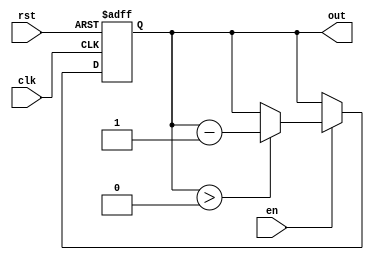
module down_counter_moore (
    input wire clk,      // Clock signal
    input wire rst,      // Asynchronous reset signal
    input wire en,       // Enable signal
    output reg [2:0] out // Count output (3-bit for counting down from 7)
);

    // State encoding and initial value
    parameter INITIAL_COUNT = 3'b111; // Count down from 7 (3 bits to represent 0-7)
    parameter MIN_COUNT = 3'b000;       // Minimum count (0)

    // State register to hold the current count
    reg [2:0] state;

    // Sequential logic for state transition
    always @(posedge clk or posedge rst) begin
        if (rst) begin
            // Asynchronous reset to initial count
            state <= INITIAL_COUNT;
        end else if (en) begin
            // Count down if enabled
            if (state > MIN_COUNT) begin
                state <= state - 1'b1;
            end
            // If state is 0, it remains 0 until reset
        end
    end

    // Output logic (Moore state machine)
    always @(state) begin
        out = state; // Output the current state
    end

endmodule